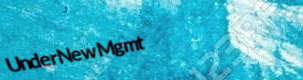
UnderNewMgmt